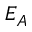
E _ { A }